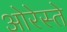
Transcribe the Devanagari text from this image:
ओरेस्ते